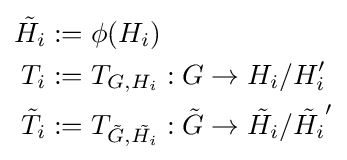
{\begin{aligned}{\tilde {H_{i}}}&:=\phi (H_{i})\\T_{i}&:=T_{G,H_{i}}:G\to H_{i}/H_{i}'\\{\tilde {T_{i}}}&:=T_{{\tilde {G}},{\tilde {H_{i}}}}:{\tilde {G}}\to {\tilde {H_{i}}}/{\tilde {H_{i}}}'\end{aligned}}